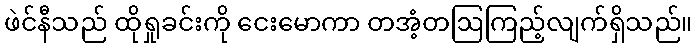
ဖဲင်နီသည် ထိုရှုခင်းကို ငေးမောကာ တအံ့တဩကြည့်လျက်ရှိသည်။